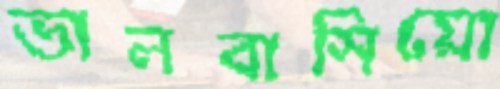
ভালবাসিয়ো